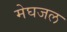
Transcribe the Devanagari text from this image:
मेघजल